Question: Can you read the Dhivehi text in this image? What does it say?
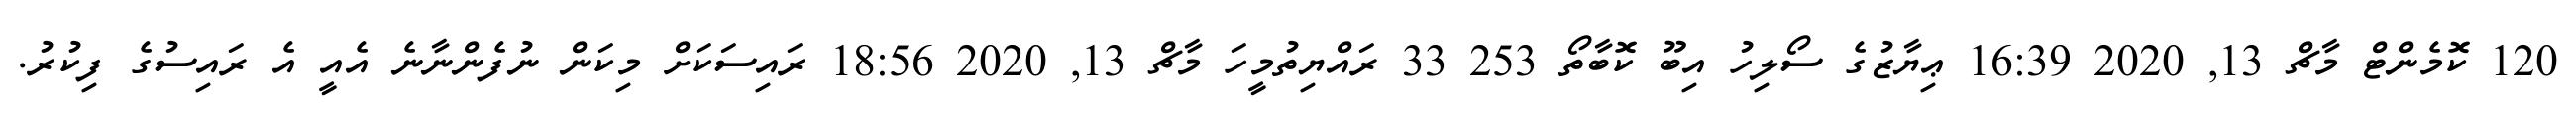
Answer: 120 ކޮމެންޓް މާޗް 13, 2020 16:39 ޢިޔާޒުގެ ސޯލިހު އިބޫ ކޮބާތޯ 253 33 ރައްޔިތުމީހަ މާޗް 13, 2020 18:56 ރައިސަކަށް މިކަން ނުފެންނާނެ އެއީ އެ ރައިސުގެ ފިކުރު.